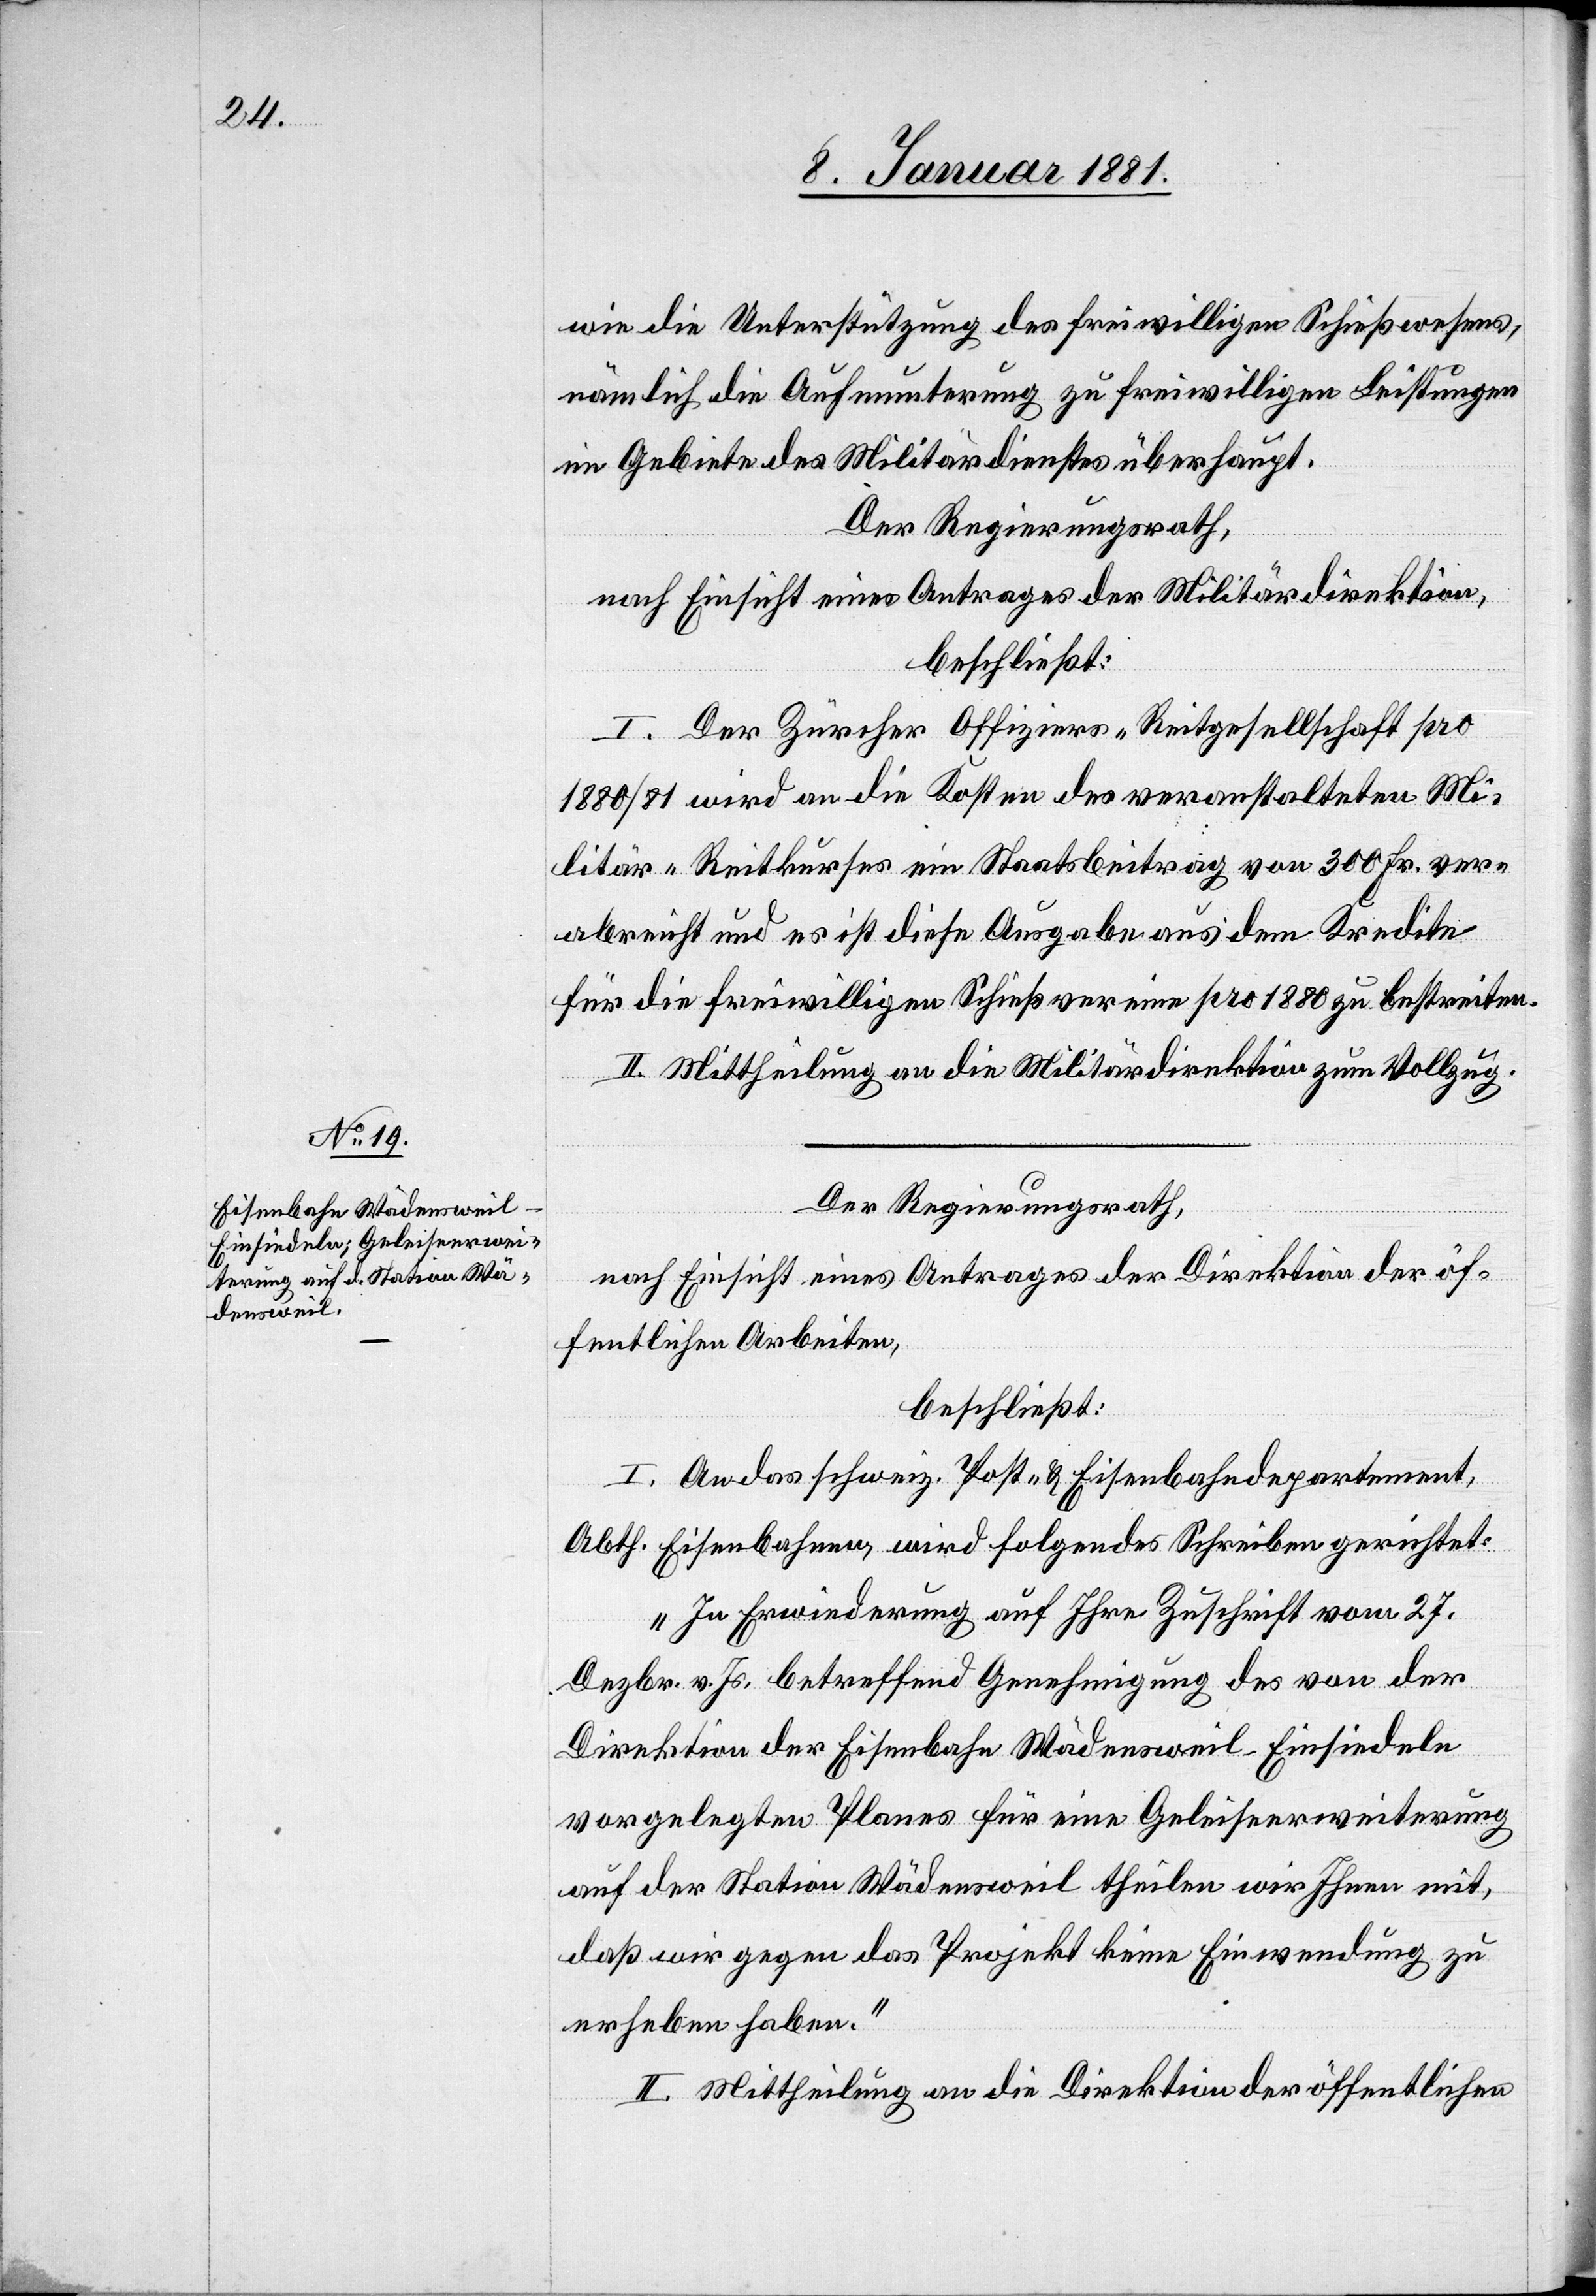
wie die Unterstützung des freiwilligen Schießwesens,
nämlich die Aufmunterung zu freiwilligen Leistungen
im Gebiete des Militärdienstes überhaupt.
Der Regierungsrath,
nach Einsicht eines Antrages der Militärdirektion,
beschließt:
I. Der Zürcher Offiziers-Reitgesellschaft pro
1880/81 wird an die Kosten des veranstalteten Mi¬
litär-Reitkurses ein Staatsbeitrag von 300 Fr. ver¬
abreicht und es ist diese Ausgabe aus dem Kredite
für die freiwilligen Schießvereine pro 1880 zu bestreiten.
II. Mittheilung an die Militärdirektion zum Vollzug.
Der Regierungsrath,
nach Einsicht eines Antrages der Direktion der öf¬
fentlichen Arbeiten,
beschließt:
I. An das schweiz. Post- & Handelsdepartement,
Abtheil. Eisenbahnen wird folgendes Schreiben gerichtet:
„In Erwiederung auf Ihre Zuschrift vom 27.
Dezbr. v. Js. betreffend Genehmigung des von der
Direktion der Eisenbahn Wädensweil–Einsiedeln
vorgelegten Planes für eine Geleiseerweiterung
auf der Station Wädensweil theilen wir Ihnen mit,
daß wir gegen das Projekt keine Einwendung zu
erheben haben.“
II. Mittheilung an die Direktion der öffentlichen